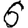
Digit: 6